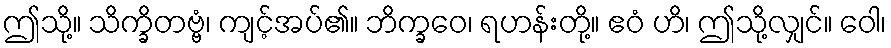
ဤသို့။ သိက္ခိတဗ္ဗံ၊ ကျင့်အပ်၏။ ဘိက္ခဝေ၊ ရဟန်းတို့။ ဧဝံ ဟိ၊ ဤသို့လျှင်။ ဝေါ၊